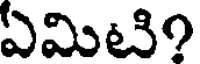
ఏమిటి?